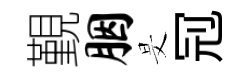
覲胭旻𠜍